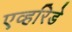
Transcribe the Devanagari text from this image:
एव्हरिडे